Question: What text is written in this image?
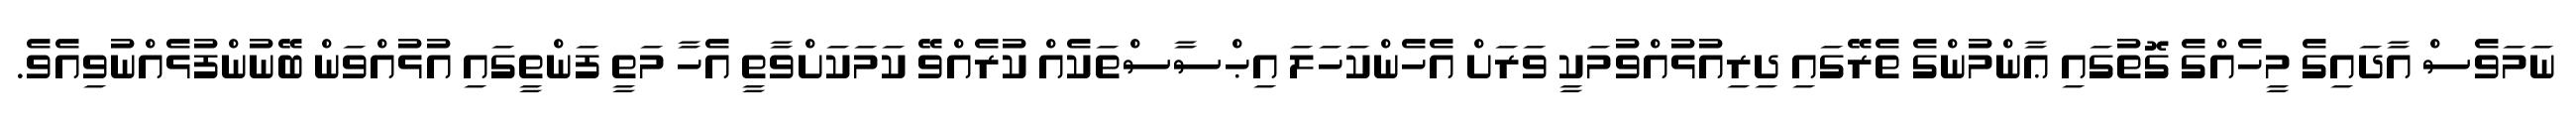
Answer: ނަމަވެސް އާދައިގެ މީހެއްގެ ގޮތުގައި ޢާންމުންގެ ތެރޭގައި ދިރިއުޅުއްވުމަކީ ވަރަށް އެހެންކަހަލަ އިޙްސާސްތަކެއް ކުރެއްވޭ ކަމަކަށްވާތީ އެހާ މަތީ ފަންތީގައި އުޅުއްވަން ބޭނުންފުޅެއްނުވިއެވެ.